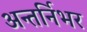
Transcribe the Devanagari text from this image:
अन्तर्निर्भर